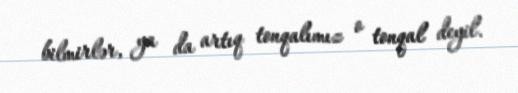
bilmirlər, ya da artıq tonqalımız o tonqal deyil.